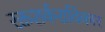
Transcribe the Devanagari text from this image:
रक्तशर्कराविकार